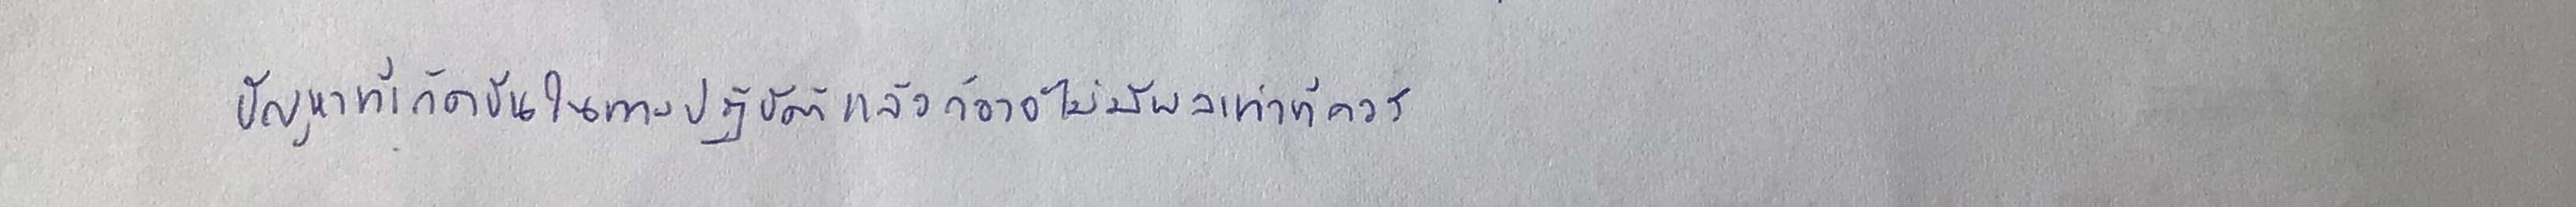
ปัญหาที่เกิดขึ้นในทางปฏิบัติแล้วก็อาจไม่มีผลเท่าที่ควร